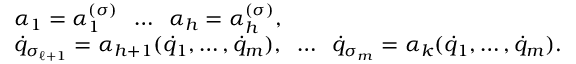
\begin{array} { l } { \alpha _ { 1 } = \alpha _ { 1 } ^ { ( \sigma ) } \; \; \dots \; \; \alpha _ { h } = \alpha _ { h } ^ { ( \sigma ) } , } \\ { { \dot { q } } _ { \sigma _ { \ell + 1 } } = \alpha _ { h + 1 } ( { \dot { q } } _ { 1 } , \dots , { \dot { q } } _ { m } ) , \; \; \dots \; \; { \dot { q } } _ { \sigma _ { m } } = \alpha _ { k } ( { \dot { q } } _ { 1 } , \dots , { \dot { q } } _ { m } ) . } \end{array}